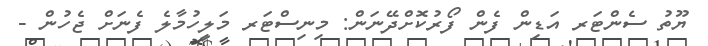
ޔޫތު ސެންޓަރ އަޑިން ފެން ފޯރުކޮށްދޭނަން: މިނިސްޓަރ މަލީހުމާލެ ފެނަށް ޖެހުން -